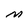
Character: M